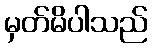
မှတ်မိပါသည်